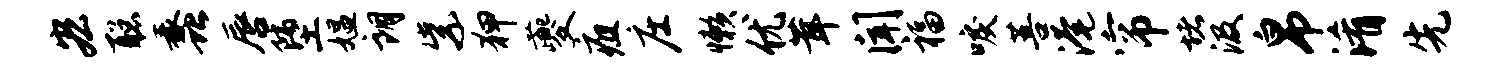
宏聪蠡唇堕媪朗紫狎夔疽庄懒优茸闻福唳菩淹帘堵汲帛淆先